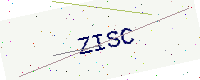
Text: ZISC